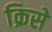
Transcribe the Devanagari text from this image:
क्रिसे